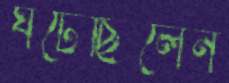
ঘটেছিলেন